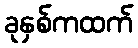
ခုနှစ်ကထက်